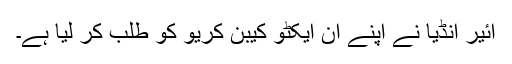
ائیر انڈیا نے اپنے ان ایکٹو کیبن کریو کو طلب کر لیا ہے۔